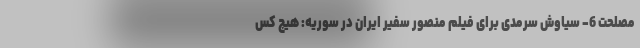
مصلحت 6- سیاوش سرمدی برای فیلم منصور سفیر ایران در سوریه: هیچ کس